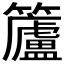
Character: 𮆿